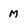
Character: M